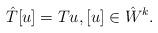
LaTeX: \begin{align*}\hat{T}[u] = Tu, [u] \in \hat{W}^k.\end{align*}